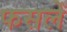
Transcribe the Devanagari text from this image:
फसलेँ